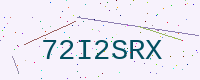
Text: 72I2SRX